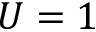
U = 1